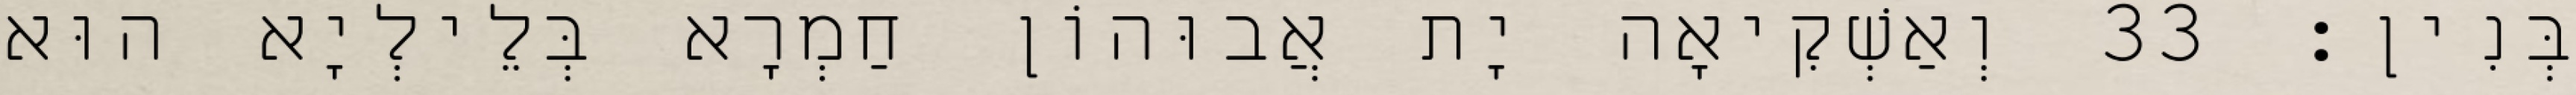
בְּנִין׃ 33 וְאַשְׁקִיאָה יָת אֲבוּהוֹן חַמְרָא בְּלֵילְיָא הוּא